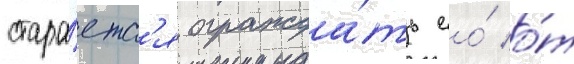
стара́етс'я огражда́ть ео́ о́т